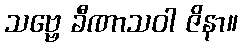
သဗ္ဗေ ခီဏာသဝါ ဇိနာ။